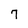
Character: 7